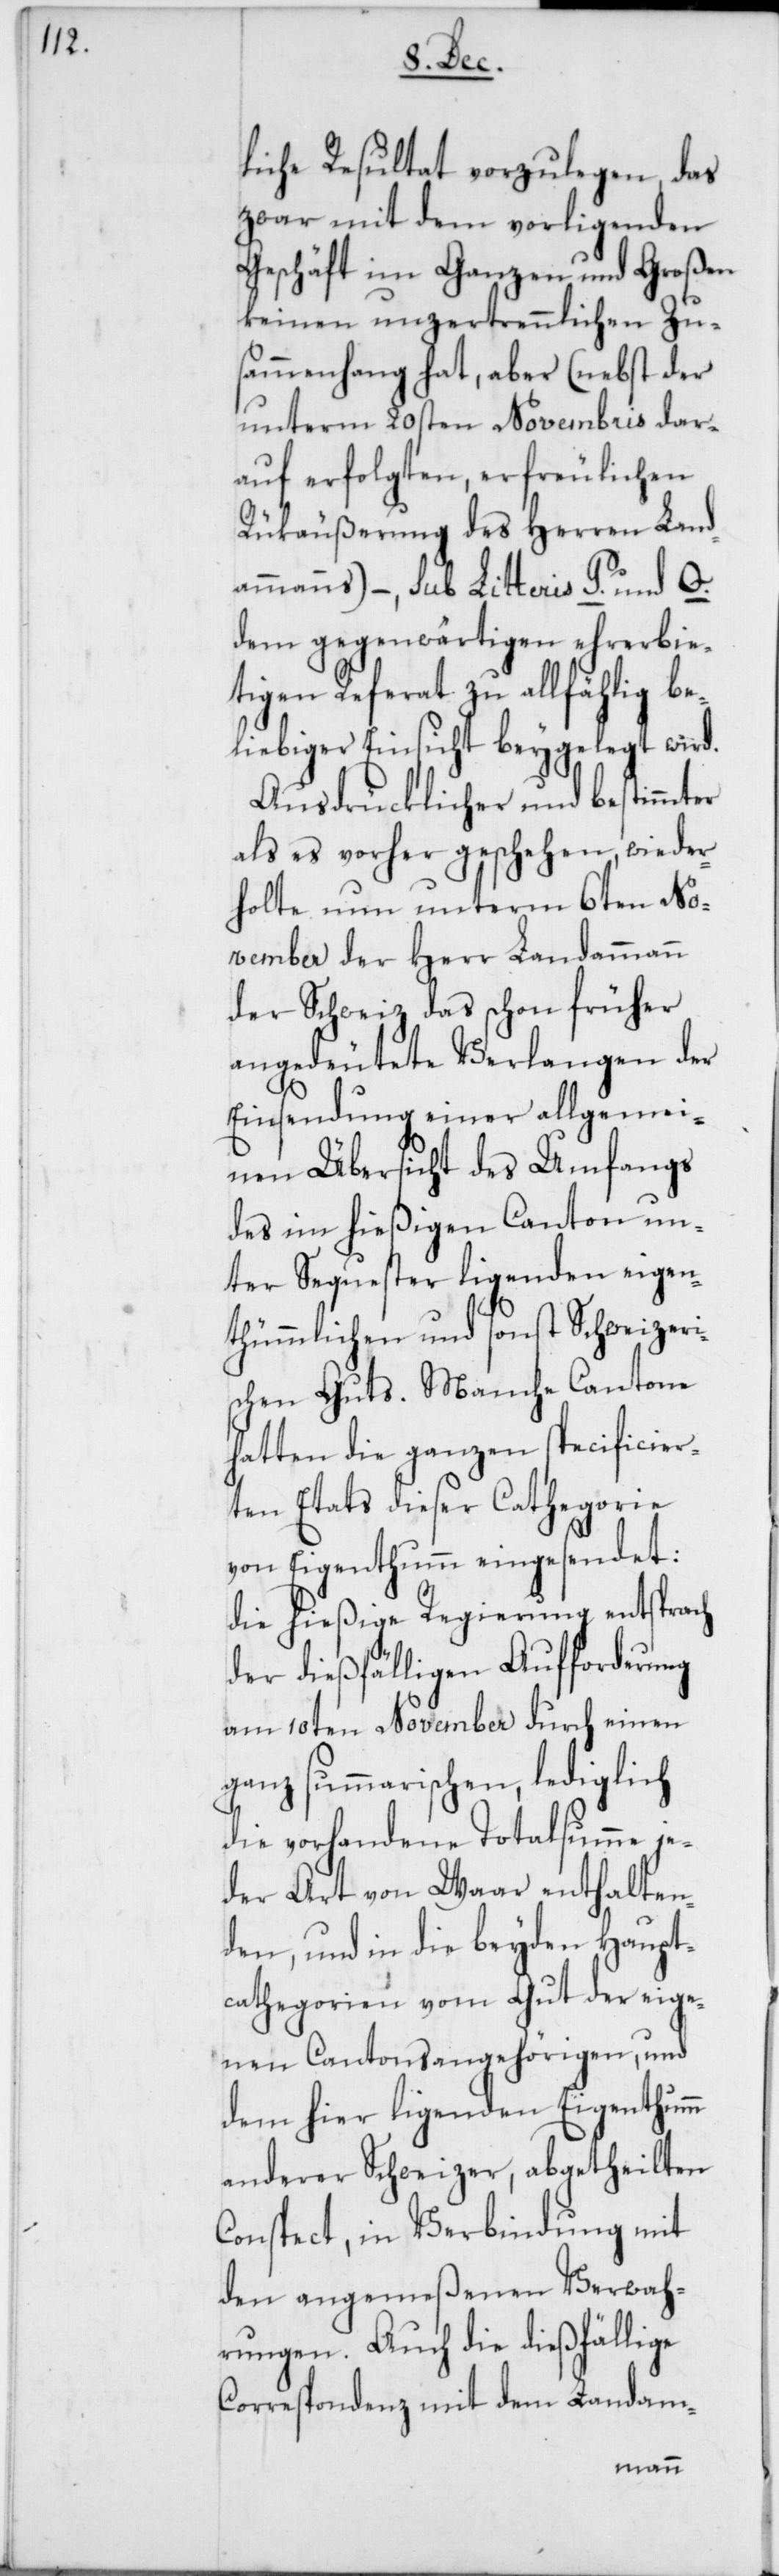
liche Resultat vorzulegen, das
zwar mit dem vorliegenden
Geschäft im Ganzen und Großen
keinen unzertrennlichen Zu¬
sammenhang hat, aber (nebst der
unterm 20sten Novembris dar¬
auf erfolgten, erfreulichen
Rükäußerung des Herren Land¬
ammanns) – sub Litteris P. und Q.
dem gegenwärtigen ehrerbie¬
tigen Referat zu allfählig be¬
liebiger Einsicht beygelegt wird.
Ausdrücklicher und bestimmter
als es vorher geschehen, wieder¬
holte nun unterm 6ten No¬
vember der Herr Landammann
der Schweiz das schon früher
angedeutete Verlangen der
Einsendung einer allgemei¬
nen Übersicht des Umfangs
des im hießigen Canton un¬
ter Sequester liegenden eigen¬
thümlichen und sonst Schweizeri¬
schen Guts. Manche Cantone
hatten die ganzen specificier¬
ten Etats dieser Cathegorie
von Eigenthum eingesendet:
die hießige Regierung entsprach
der dießfälligen Aufforderung
am 10ten November durch einen
ganz summarischen, lediglich
die vorhandene Totalsumme je¬
der Art von Waar enthalten¬
den, und in die beyden Haupt¬
cathegorien vom Gut der eige¬
nen Cantonsangehörigen, und
dem hier liegenden Eigenthumm
anderer Schweizer, abgetheilten
Conspect, in Verbindung mit
den angemeßenen Verwah¬
rungen. Auch die dießfällige
Correspondenz mit dem Landam-